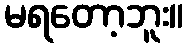
မရတော့ဘူး။